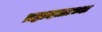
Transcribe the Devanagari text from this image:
ब्रह्मदत्ताच्या